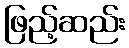
ဖြည့်ဆည်း